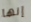
إنها